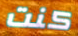
كنت